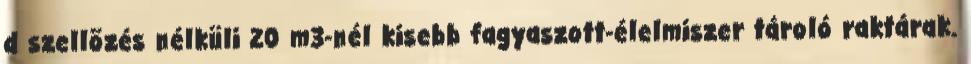
d szellõzés nélküli 20 m3-nél kisebb fagyaszott-élelmiszer tároló raktárak.